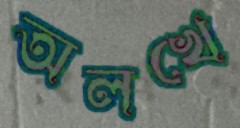
অলখে